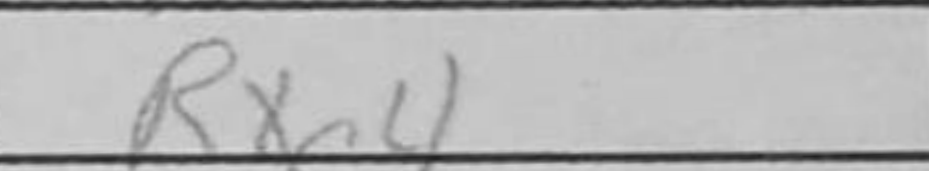
Transcription: Rxc4